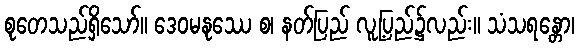
စုတေသည်ရှိသော်။ ဒေဝမနုဿေ စ၊ နတ်ပြည် လူ့ပြည်၌လည်း။ သံသရန္တော၊